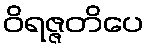
ဝိရဇ္ဇတိပေ